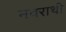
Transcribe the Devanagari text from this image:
नवराथी